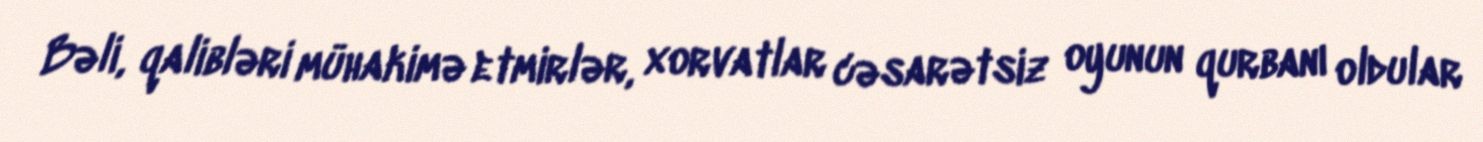
Bəli, qalibləri mühakimə etmirlər, xorvatlar cəsarətsiz oyunun qurbanı oldular